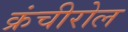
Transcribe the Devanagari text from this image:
क्रंचीरोल